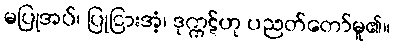
မပြုအပ်၊ ပြုငြားအံ့၊ ဒုက္ကဋ်ဟု ပညတ်တော်မူ၏။